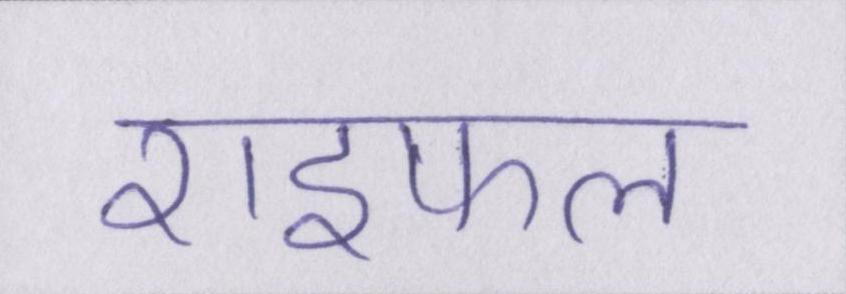
राइफल